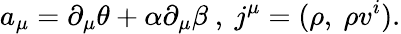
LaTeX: a_{\mu}=\partial_{\mu}\theta+\alpha\partial_{\mu}\beta~,~j^{\mu}=(\rho,~\rho v^{i}).